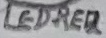
Text: LED-RED